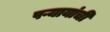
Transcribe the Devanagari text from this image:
पऱ्यायांची